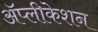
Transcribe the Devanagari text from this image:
ॲप्लीकेशन